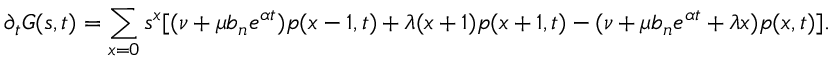
\partial _ { t } G ( s , t ) = \sum _ { x = 0 } s ^ { x } [ ( \nu + \mu b _ { n } e ^ { \alpha t } ) p ( x - 1 , t ) + \lambda ( x + 1 ) p ( x + 1 , t ) - ( \nu + \mu b _ { n } e ^ { \alpha t } + \lambda x ) p ( x , t ) ] .